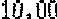
10.00